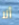
ألا